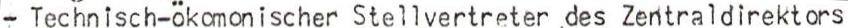
- Technisch-ökomonischer Stellvertreter des Zentraldirektors